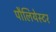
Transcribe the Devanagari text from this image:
पौलियेस्टर